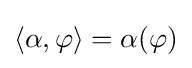
\langle \alpha ,\varphi \rangle =\alpha (\varphi )